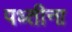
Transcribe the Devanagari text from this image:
पध्तीना